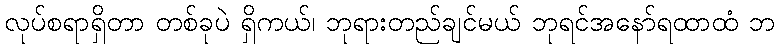
လုပ်စရာရှိတာ တစ်ခုပဲ ရှိကယ်၊ ဘုရားတည်ချင်မယ် ဘုရင်အနော်ရထာထံ ဘ